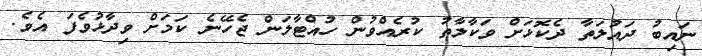
ނައިބު ދައުލަތާ ދެކޮޅަށް ވަކާލާތު ކުރެއްވުން ހުއްޓާލަން ޖެހޭނެ ކަމަށް ވިދާޅުވެފަ އެވެ.